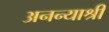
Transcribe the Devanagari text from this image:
अनन्याश्री